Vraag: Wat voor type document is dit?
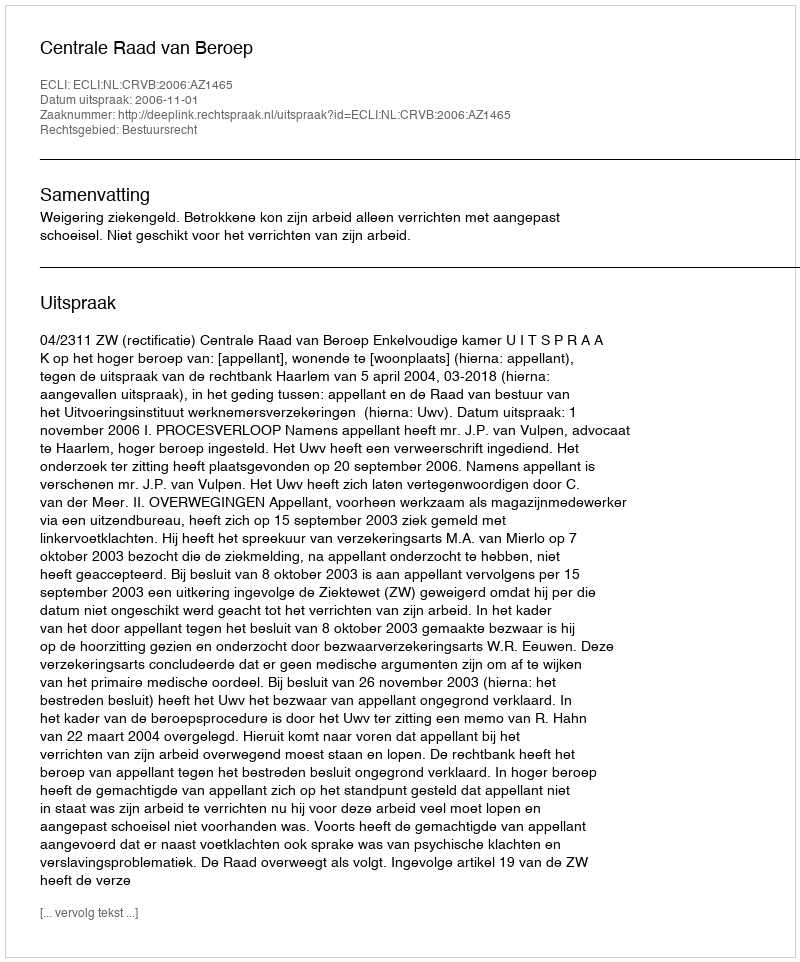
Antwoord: Uitspraak